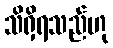
သိရှိရသည်ဟု